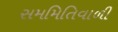
સમમિતિવાળી